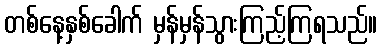
တစ်နေ့နှစ်ခေါက် မှန်မှန်သွားကြည့်ကြရသည်။